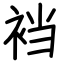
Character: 裆